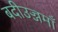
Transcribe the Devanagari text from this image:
बदीउज्जमाँ